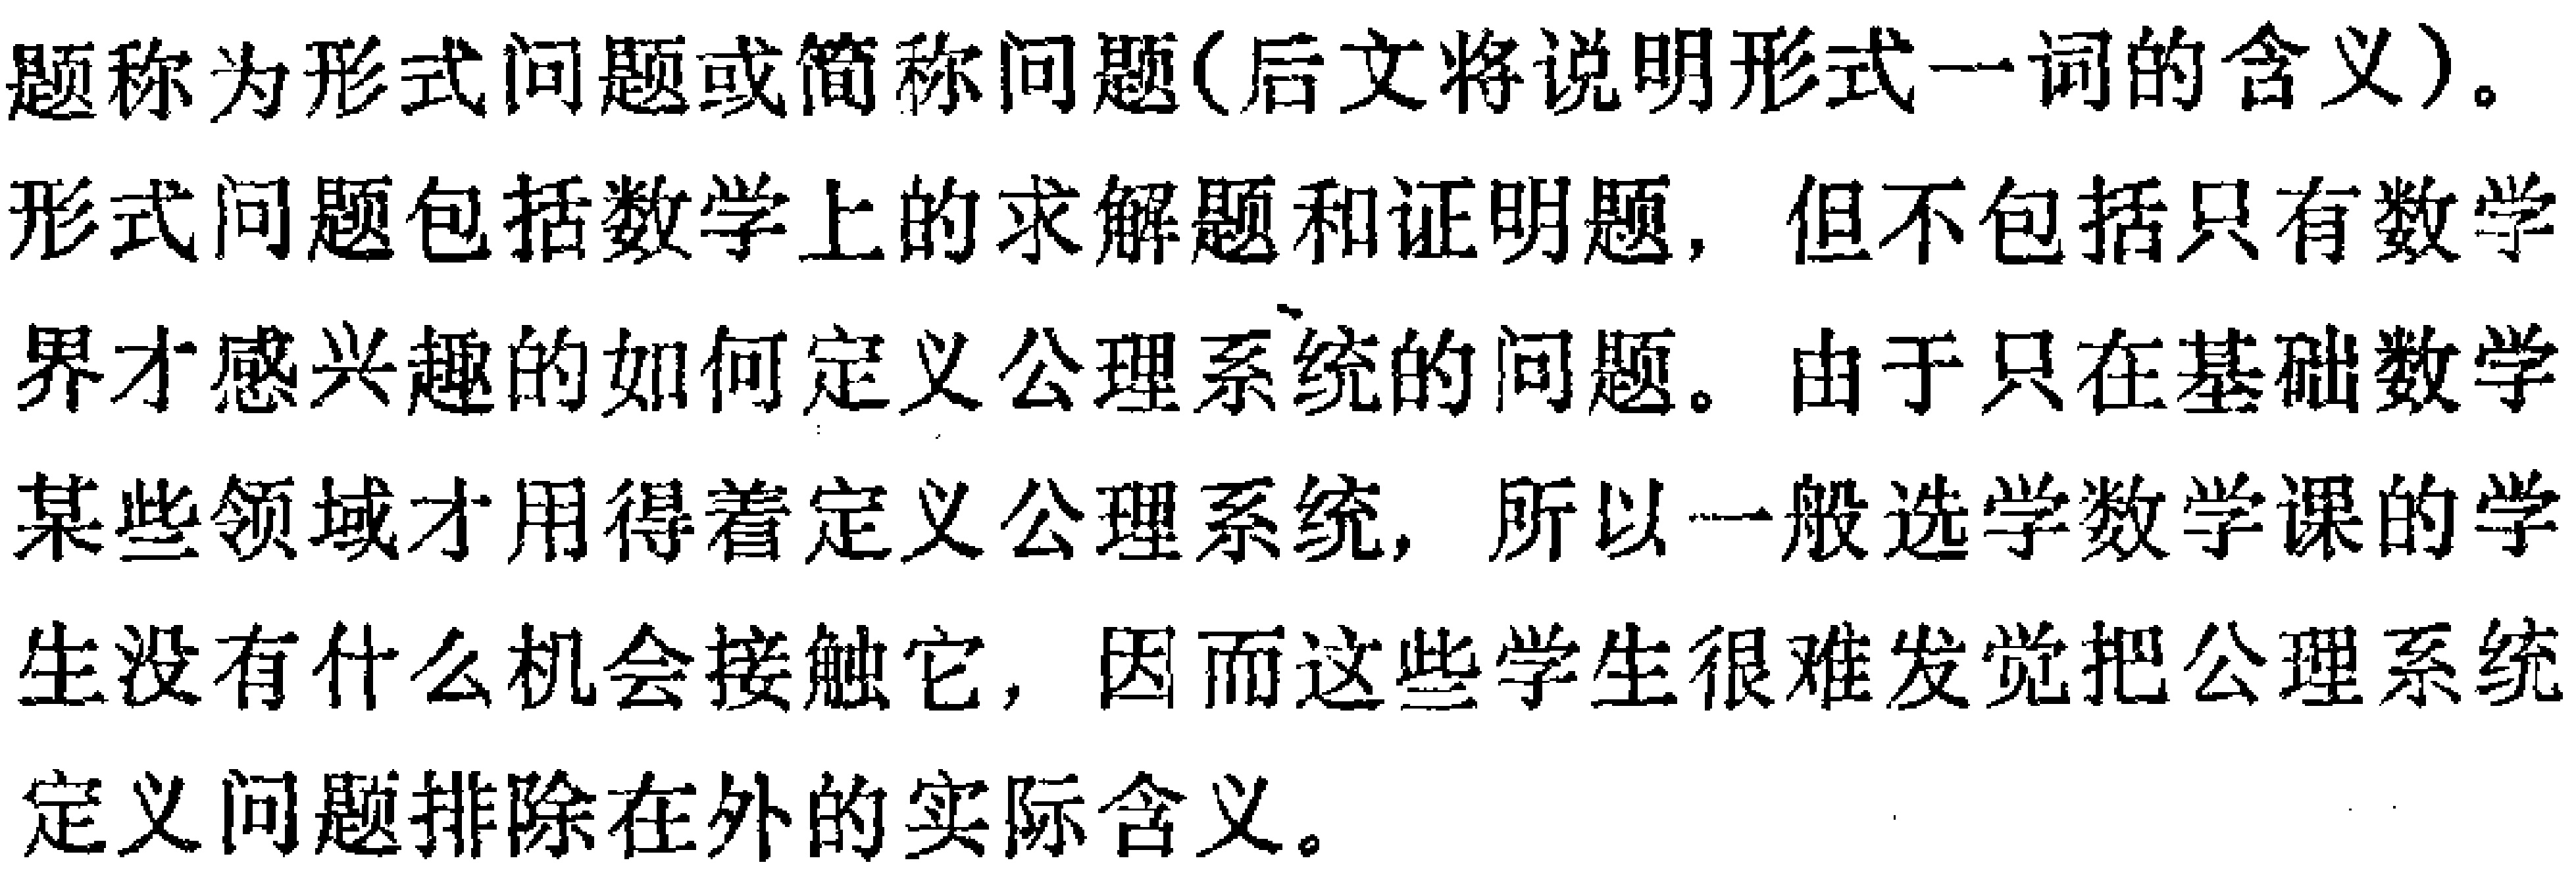
题称为形式问题或简称问题(后文将说明形式一词的含义)。
形式问题包括数学上的求解题和证明题，但不包括只有数学
界才感兴趣的如何定义公理系统的问题。由于只在基础数学
某些领域才用得着定义公理系统，所以一般选学数学课的学
生没有什么机会接触它，因而这些学生很难发觉把公理系统
定义问题排除在外的实际含义。